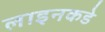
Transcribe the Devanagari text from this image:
लाइनकडे